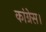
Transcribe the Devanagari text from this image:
कांग्रेस।